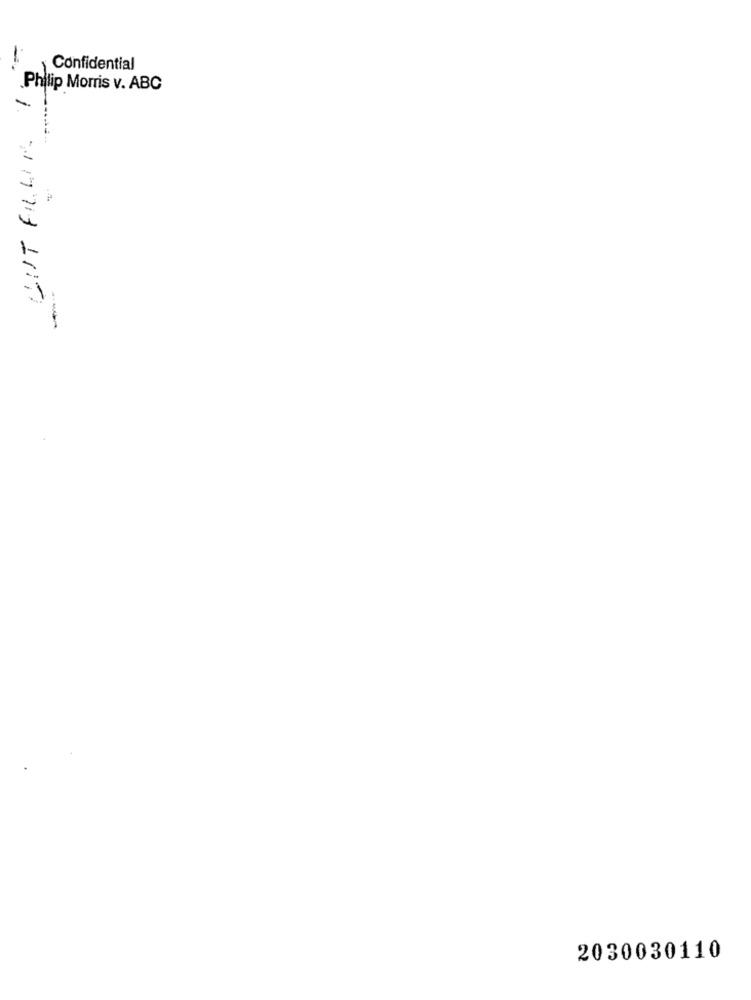
-
Confidential
GUT FLUR 1
Philip Morris v. ABC
2030030110